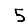
Digit: 5